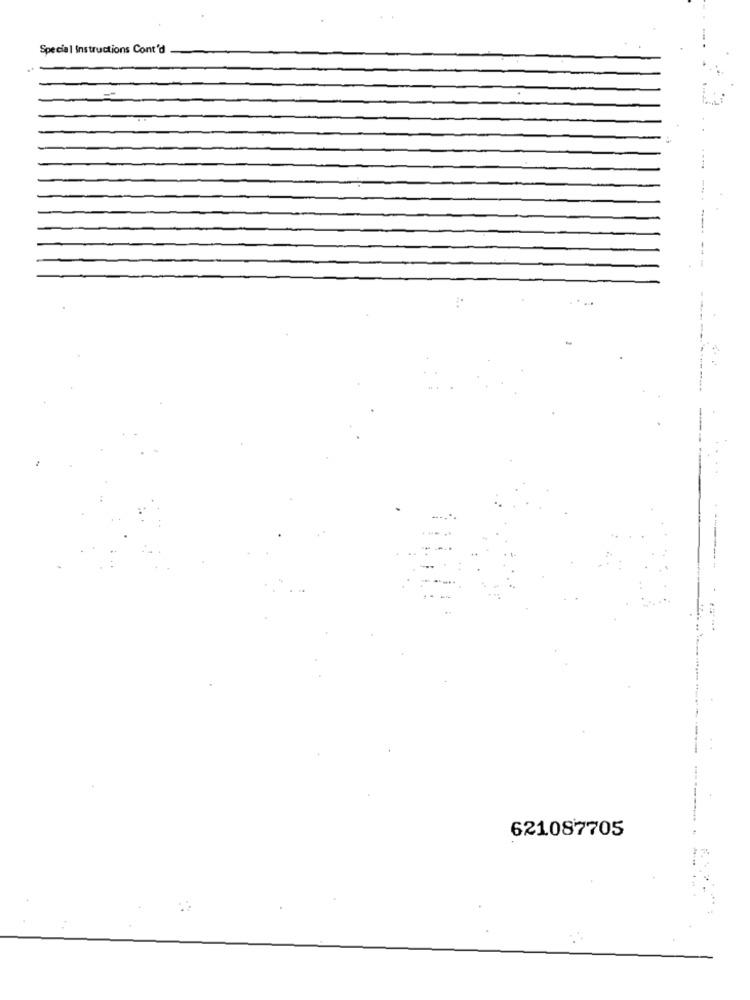
Special Instructions Cont'd
-------
621087705